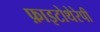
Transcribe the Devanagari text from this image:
फ़ाइटोथेरेपी